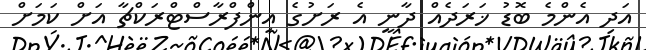
އަދި އެންމެ ބޮޑު ޚަރަދެއް ދާނީ އެ ރަށުގެ އިންފްރާސްޓްރަކްޗާ އަށް ކަމަށް